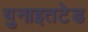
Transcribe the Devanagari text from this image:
युनाइतटेड